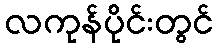
လကုန်ပိုင်းတွင်